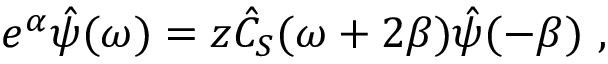
e ^ { \alpha } \hat { \psi } ( \omega ) = z \hat { C } _ { S } ( \omega + 2 \beta ) \hat { \psi } ( - \beta ) \ ,